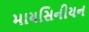
માયસિનીયન